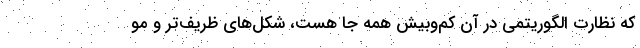
که نظارت الگوریتمی در آن کم‌وبیش همه جا هست، شکل‌های ظریف‌تر و مو